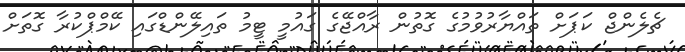
ޗެލެންޖް ކަޕަށް ތައްޔާރުވުމުގެ ގޮތުން ރާއްޖޭގެ ގައުމީ ޓީމު ތައިލޭންޑްގައި ކޭމްޕްކުރާ ގޮތަށް